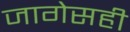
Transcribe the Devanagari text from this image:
जागेसही